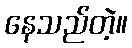
နေသည်တဲ့။